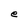
Character: e